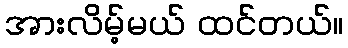
အားလိမ့်မယ် ထင်တယ်။